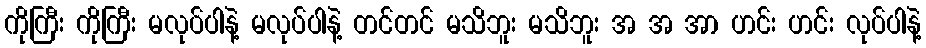
ကိုကြီး ကိုကြီး မလုပ်ပါနဲ့ မလုပ်ပါနဲ့ တင်တင် မသိဘူး မသိဘူး အ အ အာ ဟင်း ဟင်း လုပ်ပါနဲ့